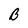
Character: B